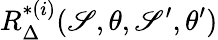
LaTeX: R_{\Delta}^{*(i)}(\mathscr{S},\theta,\mathscr{S}^{\prime},\theta^{\prime})